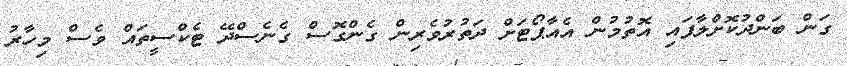
ގަން ބަންދުކޮށްލާފައި އޮތުމުން އެއާޕޯޓަށް ދަތުރުވެރިން ގެންގޮސް ގެނެސްދޭ ޓެކްސީތައް ވެސް މިހާރު